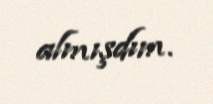
almışdım.